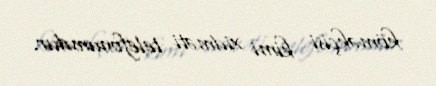
köməkçisi kimi xidməti telefonumdur.